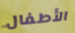
الأطفال